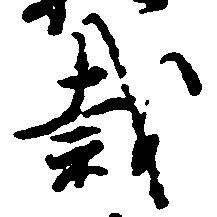
裁